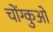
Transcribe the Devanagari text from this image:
चोंग्कुओ